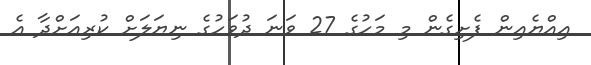
އިއްޔެއިން ފެށިގެން މި މަހުގެ 27 ވަނަ ދުވަހުގެ ނިޔަލަށް ކުރިއަށްދާ އެ